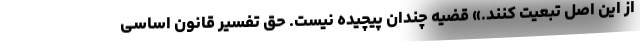
از اين اصل تبعيت كنند.» قضیه چندان پیچیده نیست. حق تفسیر قانون اساسی